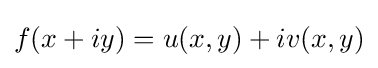
f(x+iy)=u(x,y)+iv(x,y)